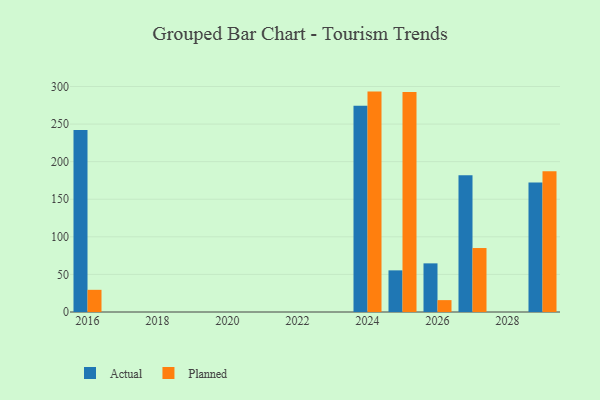
{"axis": {"x": "Year", "y": "Market Share (%)"}, "legend": ["Actual", "Planned"], "data": [{"x": "2029", "y": 172.4, "type": "Actual"}, {"x": "2029", "y": 187.1, "type": "Planned"}, {"x": "2025", "y": 55.4, "type": "Actual"}, {"x": "2025", "y": 292.8, "type": "Planned"}, {"x": "2024", "y": 274.5, "type": "Actual"}, {"x": "2024", "y": 293.2, "type": "Planned"}, {"x": "2016", "y": 242.2, "type": "Actual"}, {"x": "2016", "y": 29.5, "type": "Planned"}, {"x": "2026", "y": 64.7, "type": "Actual"}, {"x": "2026", "y": 15.8, "type": "Planned"}, {"x": "2027", "y": 181.9, "type": "Actual"}, {"x": "2027", "y": 85.1, "type": "Planned"}]}